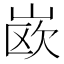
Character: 𰎦